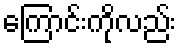
ကြောင်းကိုလည်း